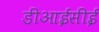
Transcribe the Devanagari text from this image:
डीआईसीई